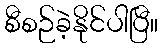
စီစဉ်ခဲ့နိုင်ပါပြီ။